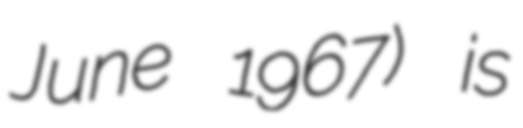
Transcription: June 1967) is